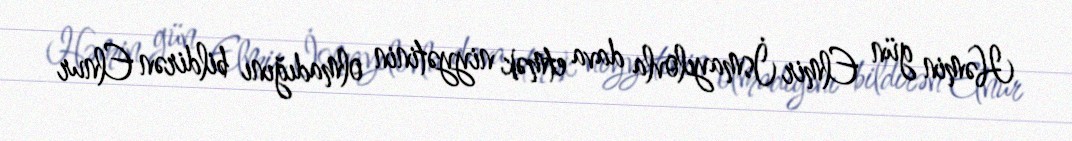
Həmin gün Elmir İsmayılovla dava etmək niyyətinin olmadığını bildirən Elnur